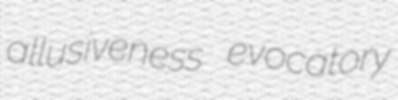
allusiveness evocatory